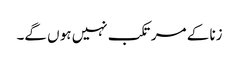
زنا کے مرتکب نہیں ہو ں گے۔